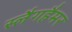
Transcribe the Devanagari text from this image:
स्लैगहैमर